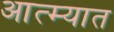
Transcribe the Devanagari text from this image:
आत्म्यात